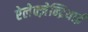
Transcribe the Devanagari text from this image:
ऐलेक्ज़ेन्द्रियाई